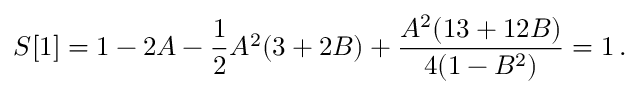
S [ 1 ] = 1 - 2 A - \frac { 1 } { 2 } A ^ { 2 } ( 3 + 2 B ) + \frac { A ^ { 2 } ( 1 3 + 1 2 B ) } { 4 ( 1 - B ^ { 2 } ) } = 1 \, .